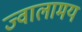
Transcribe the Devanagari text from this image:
ज्वालामय